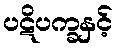
ပဋိပက္ခနှင့်